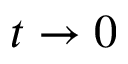
t \rightarrow 0